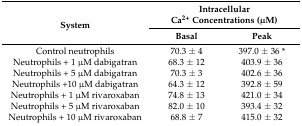
<table><thead><tr><td rowspan="2"><b>System</b></td><td colspan="2"><b>Intracellular Ca<sup>2+</sup> Concentrations (μM)</b></td></tr><tr><td><b>Basal</b></td><td><b>Peak</b></td></tr></thead><tbody><tr><td>Control neutrophils</td><td>70.3 ± 4</td><td>397.0 ± 36 *</td></tr><tr><td>Neutrophils + 1 μM dabigatran</td><td>68.3 ± 12</td><td>403.9 ± 36</td></tr><tr><td>Neutrophils + 5 μM dabigatran</td><td>70.3 ± 3</td><td>402.6 ± 36</td></tr><tr><td>Neutrophils +10 μM dabigatran</td><td>64.3 ± 12</td><td>392.8 ± 59</td></tr><tr><td>Neutrophils + 1 μM rivaroxaban</td><td>74.8 ± 13</td><td>421.0 ± 34</td></tr><tr><td>Neutrophils + 5 μM rivaroxaban</td><td>82.0 ± 10</td><td>393.4 ± 32</td></tr><tr><td>Neutrophils + 10 μM rivaroxaban</td><td>68.8 ± 7</td><td>415.0 ± 32</td></tr></tbody></table>